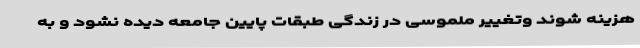
هزینه شوند وتغییر ملموسی در زندگی طبقات پايين جامعه دیده نشود و به